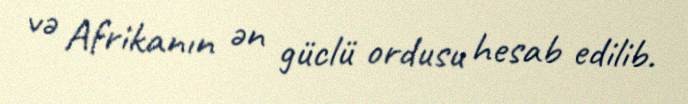
və Afrikanın ən güclü ordusu hesab edilib.